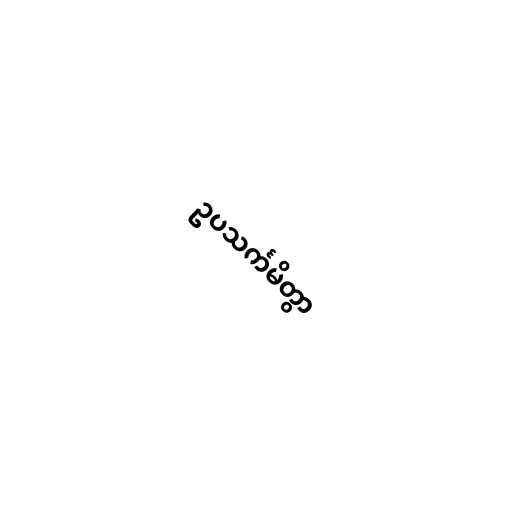
ဥပသင်္ကမိတွာ